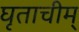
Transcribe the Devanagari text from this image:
घृताचीम्